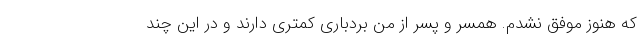
که هنوز موفق نشدم. همسر و پسر از من بردباری کمتری دارند و در این چند